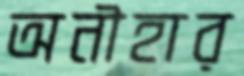
অনীহার